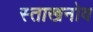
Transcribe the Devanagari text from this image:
स्ताखनोव